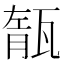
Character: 𤭨